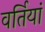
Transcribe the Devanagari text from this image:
वर्तियां